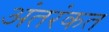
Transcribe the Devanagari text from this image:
अंतरंकत